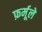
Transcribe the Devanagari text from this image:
फ़र्मूले